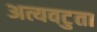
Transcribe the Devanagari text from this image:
अत्यवटुता